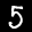
Label: 5